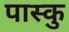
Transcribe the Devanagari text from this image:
पास्कु